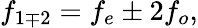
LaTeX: f_{1\mp 2}=f_{e}\pm 2f_{o},